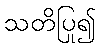
သတိပြု၍